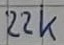
Text: 22k